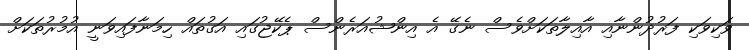
ވަކިވަކި ފަރުދުންނާއި އާއިލާތަކަށްވެސް ނެގޭ އެ އިންޝުއަރެންސް ޕެކޭޖުގައި އަގުތައް ހިމަނާފައިވަނީ އުމުރުތަަކަށް